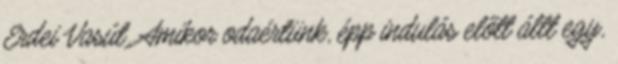
Erdei Vasút. Amikor odaértünk, épp indulás előtt állt egy,